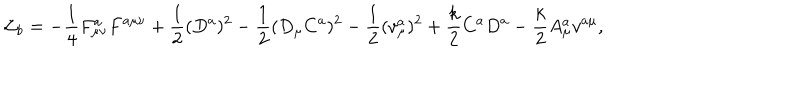
{ \cal L } _ { b } = - \frac { 1 } { 4 } F _ { \mu \nu } ^ { a } F ^ { a \mu \nu } + \frac { 1 } { 2 } ( D ^ { a } ) ^ { 2 } - \frac { 1 } { 2 } ( D _ { \mu } C ^ { a } ) ^ { 2 } - \frac { 1 } { 2 } ( v _ { \mu } ^ { a } ) ^ { 2 } + \frac { k } { 2 } C ^ { a } D ^ { a } - \frac { k } { 2 } A _ { \mu } ^ { a } v ^ { a \mu } ,